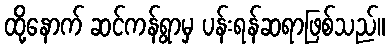
ထို့နောက် ဆင်ကန်ရွာမှ ပန်းရန်ဆရာဖြစ်သည်။